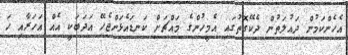
އެހެންކަމުން ދައުލަތުން ދެކޭގޮތުގައި އެމީހުންގެ މައްޗަށް ކަނޑައެޅަންޖެހޭ އަދަބަކީ އެއް އަހަރާއި ހަ